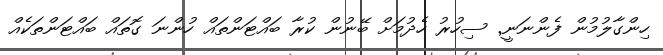
ހިންގާލުމުން ފެންނަނީ